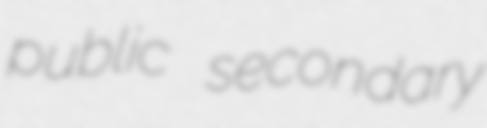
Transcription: public secondary